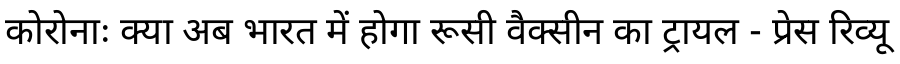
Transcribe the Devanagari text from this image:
कोरोनाः क्या अब भारत में होगा रूसी वैक्सीन का ट्रायल - प्रेस रिव्यू